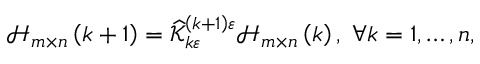
\begin{array} { r } { \mathcal { H } _ { m \times n } \left( k + 1 \right) = \widehat { \mathcal { K } } _ { k \varepsilon } ^ { \left( k + 1 \right) \varepsilon } \mathcal { H } _ { m \times n } \left( k \right) , \; \forall k = 1 , \ldots , n , } \end{array}